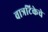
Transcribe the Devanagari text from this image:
वात्रटिकेचे